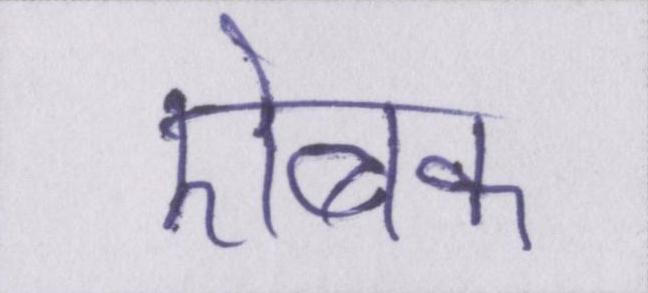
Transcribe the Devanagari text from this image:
ऐबक